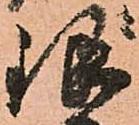
銀